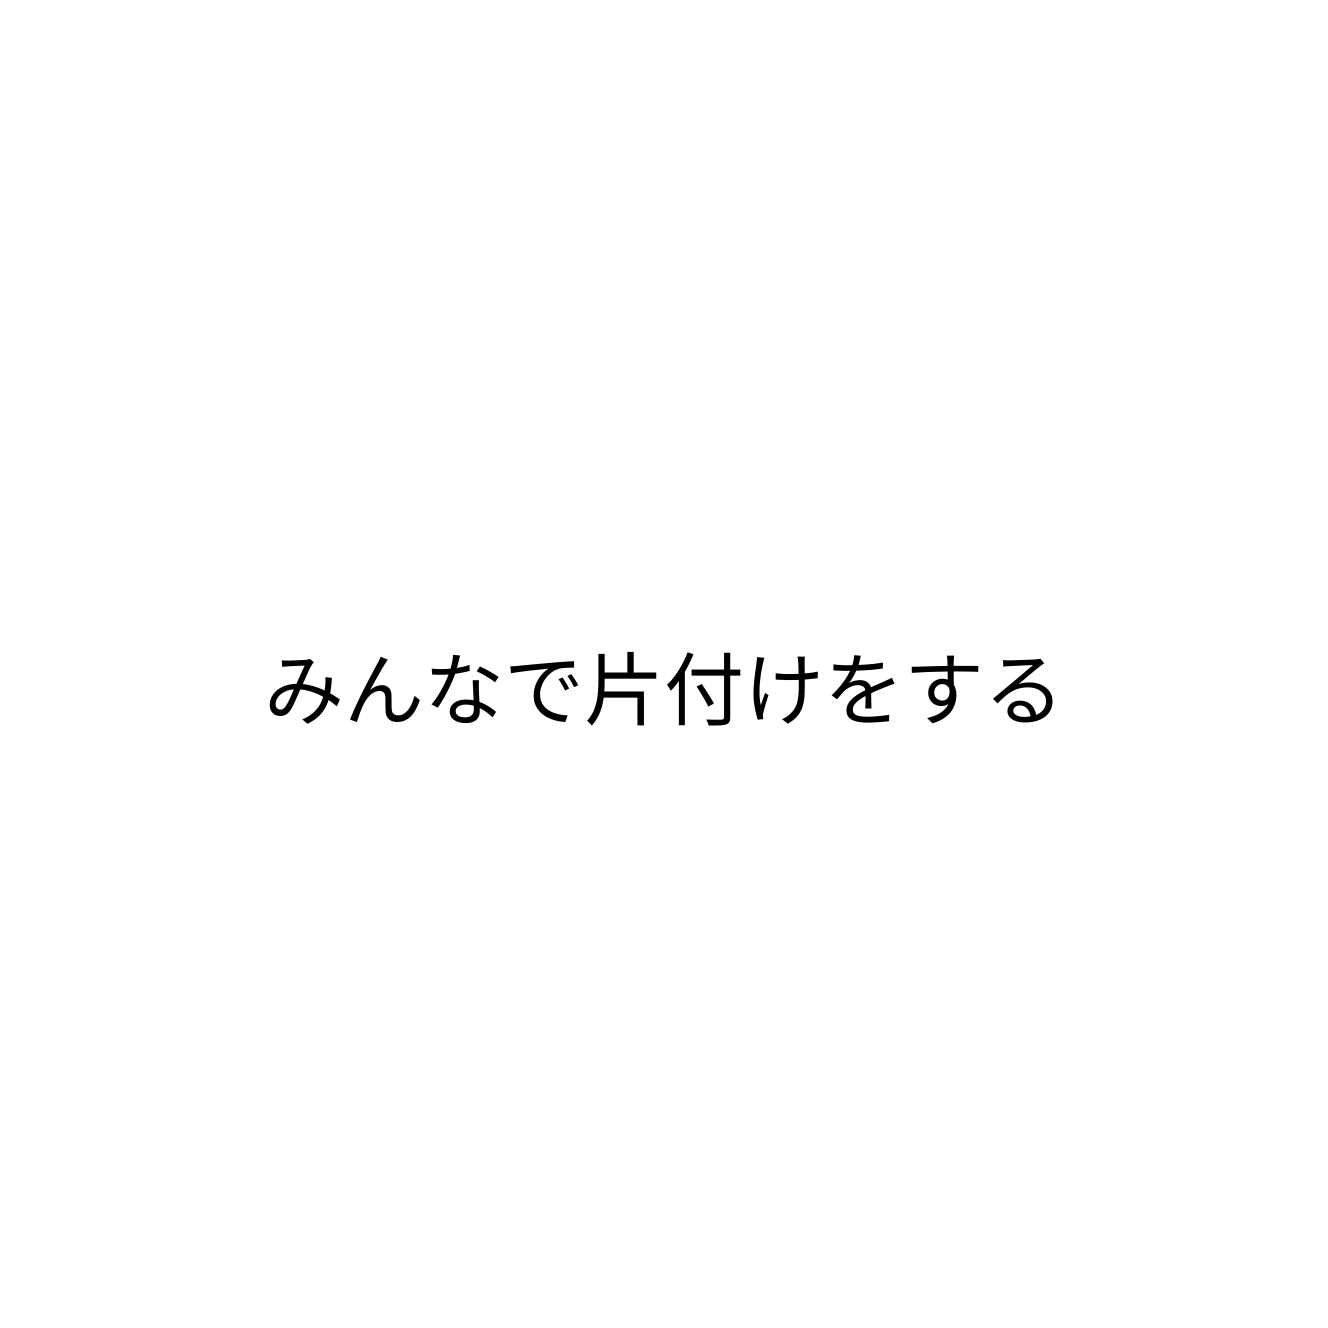
みんなで片付けをする